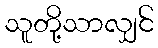
သူတို့သာလျှင်